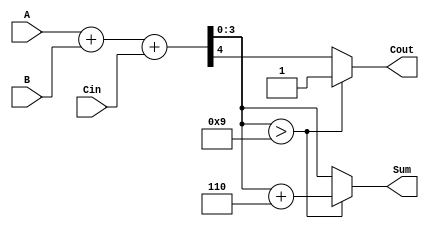
module BCD_Adder (
    input [3:0] A,      // First BCD digit
    input [3:0] B,      // Second BCD digit
    input Cin,          // Carry input
    output reg [3:0] Sum, // Resulting BCD digit
    output reg Cout      // Carry output
);

    wire [4:0] S;       // 5-bit sum to hold the result of A + B + Cin
    wire [4:0] corrected_sum; // Corrected sum if needed

    // Binary addition of A, B, and Cin
    assign S = A + B + Cin;

    // Determine if correction is needed
    always @(*) begin
        if (S[3:0] > 9) begin
            // If the sum is greater than 9, apply BCD correction
            Sum = S[3:0] + 4'b0110; // Add 6 to correct
            Cout = 1;               // Set carry out
        end else begin
            // If the sum is valid BCD
            Sum = S[3:0];
            Cout = S[4];            // Carry out is the 5th bit of the sum
        end
    end

endmodule